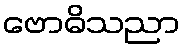
ဗောဓိသညာ